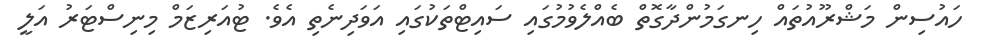
ހައުސިން މަޝްރޫއުތައް ހިނގަމުންދާގޮތް ބެއްލެވުމުގައި ސައިޓްތަކުގައި އަވަދިނެތި އެވެ. ޓުއަރިޒަމް މިނިސްޓަރު އަލީ